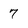
Character: 7